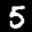
Label: 5